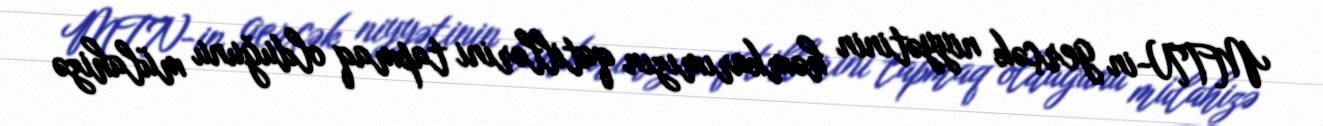
MTN-in gerçək niyyətinin həmkarımızın qatillərini tapmaq olduğunu mülahizə